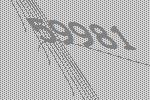
59981